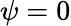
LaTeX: \psi=0